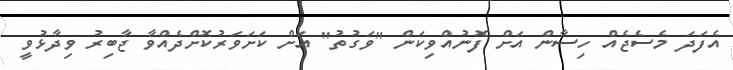
އެފަދަ މެސެޖެއް ހިސާން އަށް ފޮނުއްވިކަން "ވަގުތު" އަށް ކަށަވަރުކޮށްދެއްވާ ޖާބިރު ވިދާޅުވީ